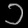
Digit: ၁